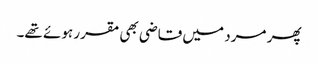
پھر مرد میں قاضی بھی مقرر ہوئے تھے۔